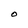
Character: O